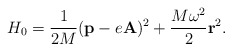
\begin{align*}H_0 = \frac{1}{2M} ( {\bf p} - e {\bf A} )^2 +\frac{M \omega^2}{2} {\bf r}^2.\end{align*}